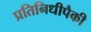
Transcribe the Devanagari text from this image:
प्रतिनिधीपैकी